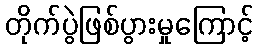
တိုက်ပွဲဖြစ်ပွားမှုကြောင့်